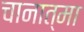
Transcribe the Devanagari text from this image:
चानात्मा